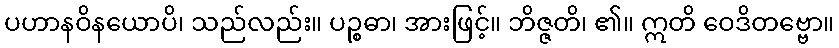
ပဟာနဝိနယောပိ၊ သည်လည်း။ ပဉ္စဓာ၊ အားဖြင့်။ ဘိဇ္ဇတိ၊ ၏။ ဣတိ ဝေဒိတဗ္ဗော။